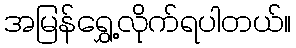
အမြန်ရွှေ့လိုက်ရပါတယ်။